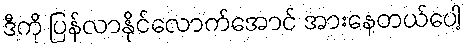
ဒီကို ပြန်လာနိုင်လောက်အောင် အားနေတယ်ပေါ့